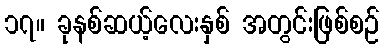
၁၇။ ခုနစ်ဆယ့်လေးနှစ် အတွင်းဖြစ်စဉ်